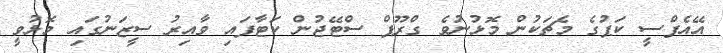
އޭއެފްސީ ކަޕުގެ މެޗަކުން މޮޅުނުވެ ގްރޫޕް ސްޓޭޖުން ކަޓާފައި ވާއިރު ސީޒަނުގައި މޮޅުވީ